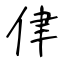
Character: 侓